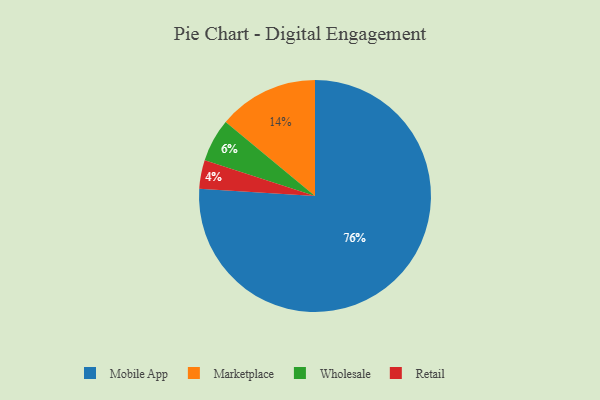
{"axis": {"x": "Category", "y": "Percentage"}, "legend": ["Marketplace", "Mobile App", "Retail", "Wholesale"], "data": [{"x": "Mobile App", "y": 76, "type": "Mobile App"}, {"x": "Retail", "y": 4, "type": "Retail"}, {"x": "Wholesale", "y": 6, "type": "Wholesale"}, {"x": "Marketplace", "y": 14, "type": "Marketplace"}]}